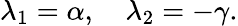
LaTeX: \lambda_{1}=\alpha,\quad\lambda_{2}=-\gamma.